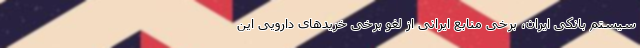
سیستم بانکی ایران، برخی منابع ایرانی از لغو برخی خریدهای دارویی این